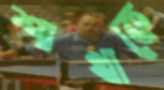
শাখাকে